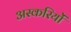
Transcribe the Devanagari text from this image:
अस्करियों